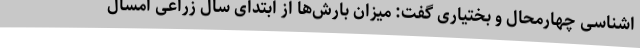
اشناسی چهارمحال و بختیاری گفت: میزان بارش‌ها از ابتدای سال زراعی امسال